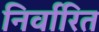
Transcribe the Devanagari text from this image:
निर्वारित